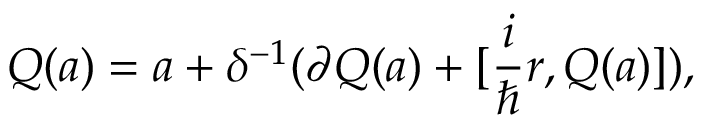
Q ( a ) = a + \delta ^ { - 1 } ( \partial Q ( a ) + [ \frac { i } { \hbar } r , Q ( a ) ] ) ,